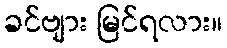
ခင်ဗျား မြင်ရလား။